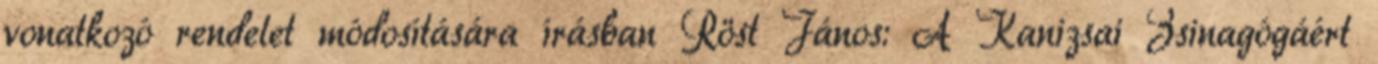
vonatkozó rendelet módosítására írásban Röst János: A Kanizsai Zsinagógáért